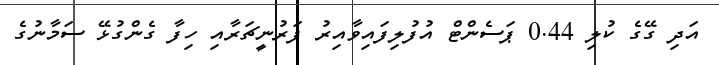
އަދި ގޭގެ ކުލި 0.44 ޕަސެންޓް އުފުލިފައިވާއިރު ފަރުނީޗަރާއި ހިފާ ގެންގުޅޭ ސަމާނުގެ